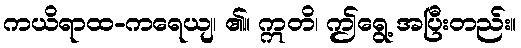
ကယိရာထ-ကရေယျ၊ ၏။ ဣတိ၊ ဤရွေ့ အပြီးတည်း။